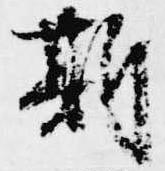
斯